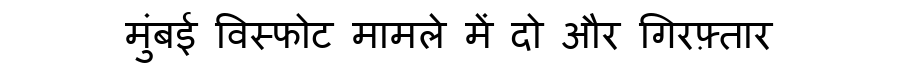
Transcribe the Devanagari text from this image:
मुंबई विस्फोट मामले में दो और गिरफ़्तार